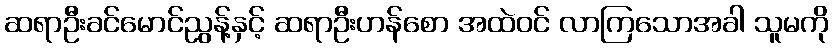
ဆရာဦးခင်မောင်ညွန့်နှင့် ဆရာဦးဟန်စော အထဲဝင် လာကြသောအခါ သူမကို